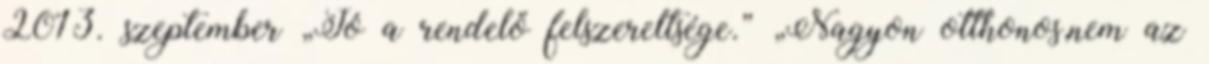
2013. szeptember „Jó a rendelő felszereltsége.” „Nagyon otthonos,nem az